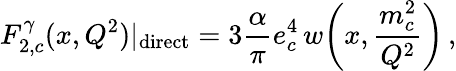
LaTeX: F_{2,c}^{\gamma}(x,Q^{2})|_{\mathrm{direct}}=3\frac{\alpha}{\pi}e_{c}^{4}\, w\! \left(x,\frac{m_{c}^{2}}{Q^{2}}\right)\, ,